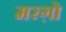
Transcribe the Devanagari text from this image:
मरग़ो